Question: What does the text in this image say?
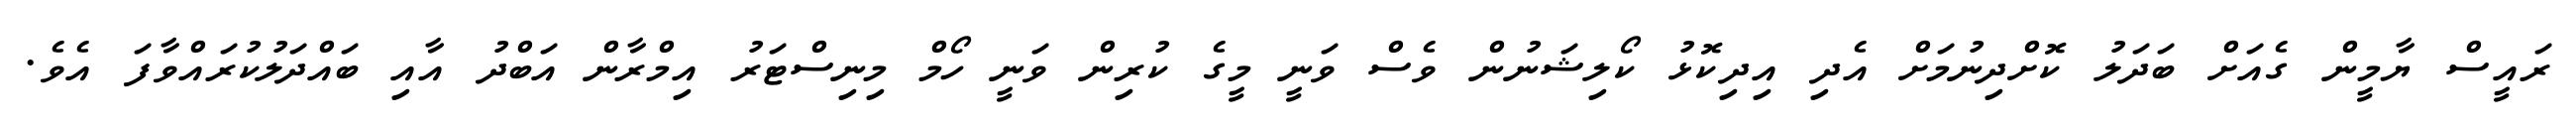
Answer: ރައީސް ޔާމީން ގެއަށް ބަދަލު ކޮށްދިނުމަށް އެދި އިދިކޮޅު ކޯލިޝަނުން ވެސް ވަނީ މީގެ ކުރިން ވަނީ ހޯމް މިނިސްޓަރު އިމްރާން އަބްދު އާއި ބައްދަލުކުރައްވާފަ އެވެ.